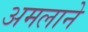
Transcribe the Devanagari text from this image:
अमलाने